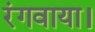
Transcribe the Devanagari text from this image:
रंगवाया।